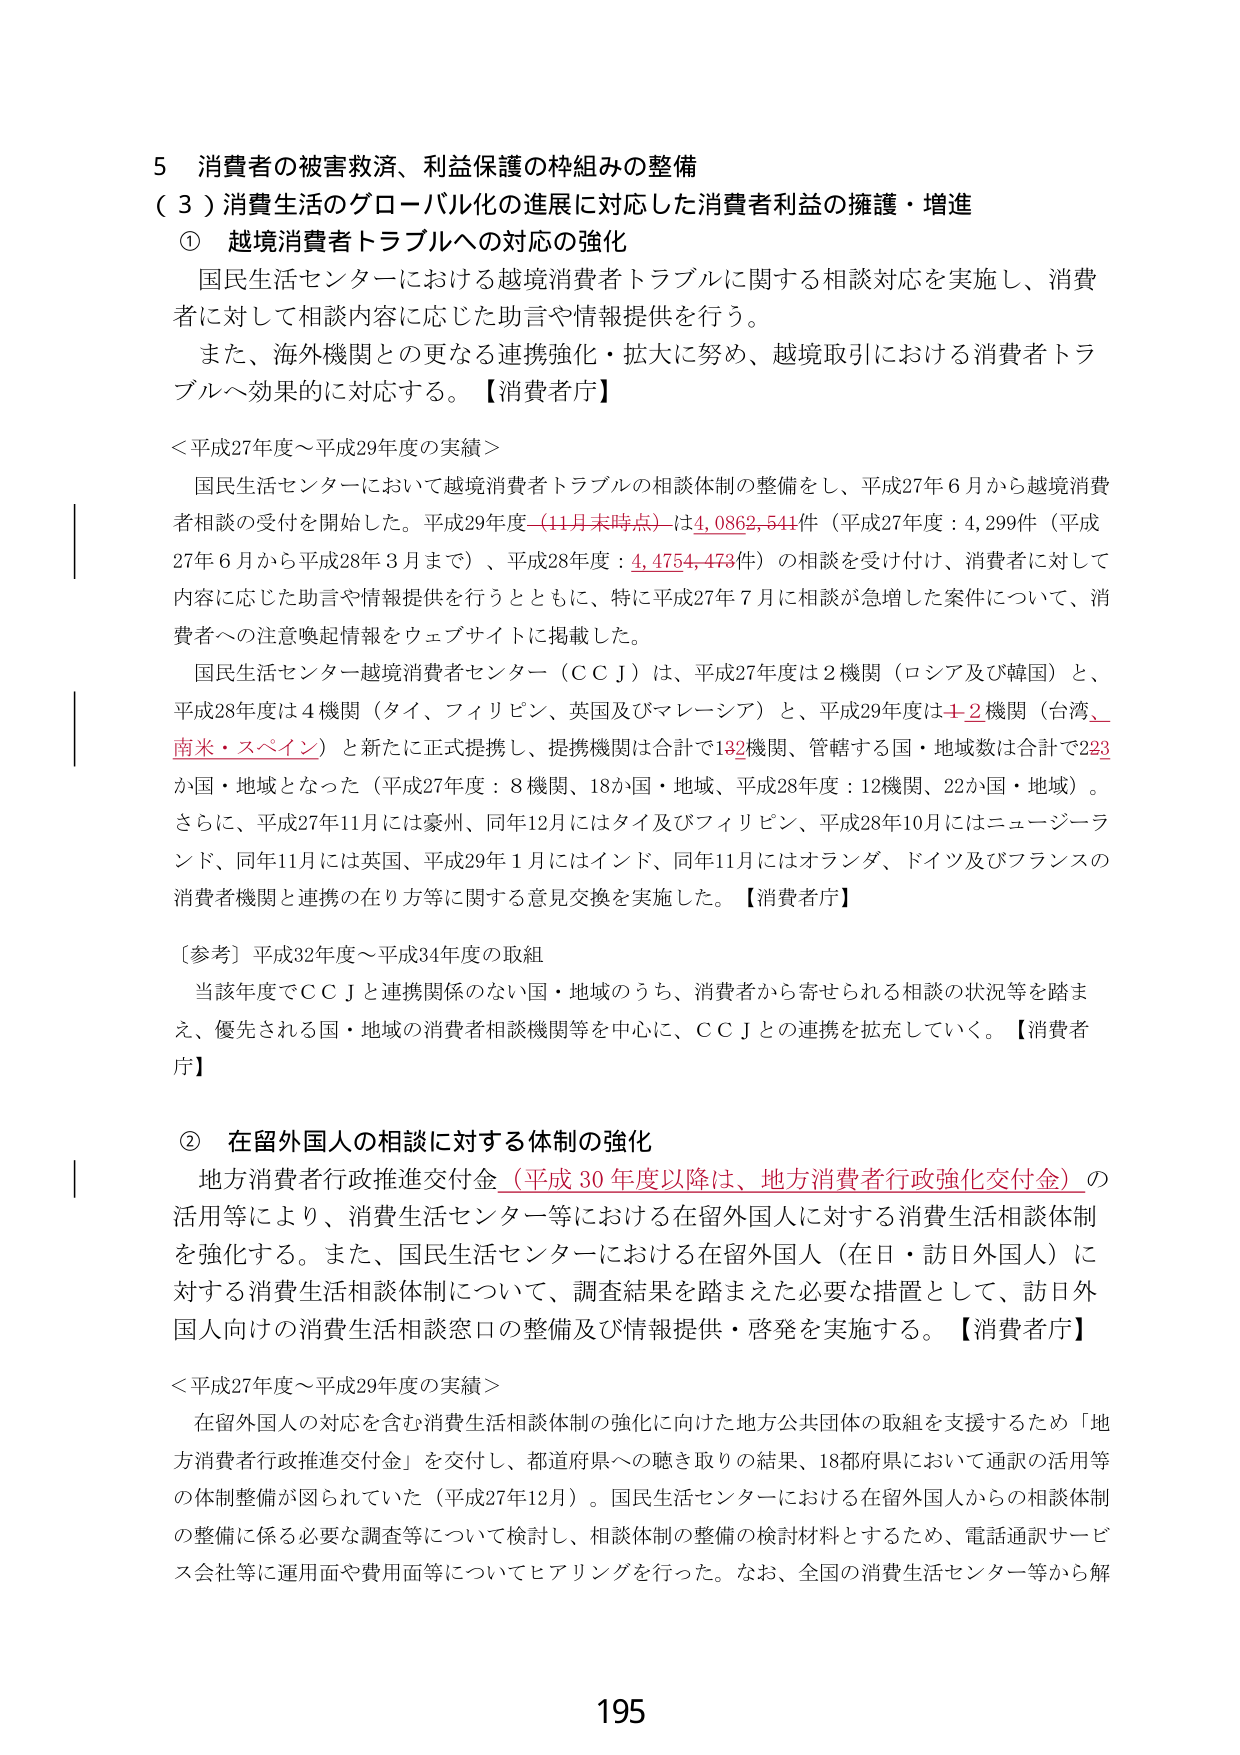
5 消費者の被害救済、利益保護の枠組みの整備
（３）消費生活のグローバル化の進展に対応した消費者利益の擁護・増進
① 越境消費者トラブルへの対応の強化
国民生活センターにおける越境消費者トラブルに関する相談対応を実施し、消費者に対して相談内容に応じた助言や情報提供を行う。
また、海外機関との更なる連携強化・拡大に努め、越境取引における消費者トラブルへ効果的に対応する。【消費者庁】

＜平成27年度～平成29年度の実績＞
国民生活センターにおいて越境消費者トラブルの相談体制の整備をし、平成27年6月から越境消費者相談の受付を開始した。平成29年度（11月末時点）は4,0862,541件（平成27年度：4,299件（平成27年6月から平成28年3月まで）、平成28年度：4,4754,473件）の相談を受け付け、消費者に対して内容に応じた助言や情報提供を行うとともに、特に平成27年7月に相談が急増した案件について、消費者への注意喚起情報をウェブサイトに掲載した。
国民生活センター越境消費者センター（ＣＣＪ）は、平成27年度は2機関（ロシア及び韓国）と、平成28年度は4機関（タイ、フィリピン、英国及びマレーシア）と、平成29年度は＋2機関（台湾、南米・スペイン）と新たに正式提携し、提携機関は合計で132機関、管轄する国・地域数は合計で223か国・地域となった（平成27年度：8機関、18か国・地域、平成28年度：12機関、22か国・地域）。
さらに、平成27年11月には豪州、同年12月にはタイ及びフィリピン、平成28年10月にはニュージーランド、同年11月には英国、平成29年1月にはインド、同年11月にはオランダ、ドイツ及びフランスの消費者機関と連携の在り方等に関する意見交換を実施した。【消費者庁】

〔参考〕平成32年度～平成34年度の取組
当該年度でＣＣＪと連携関係のない国・地域のうち、消費者から寄せられる相談の状況等を踏まえ、優先される国・地域の消費者相談機関等を中心に、ＣＣＪとの連携を拡充していく。【消費者庁】

② 在留外国人の相談に対する体制の強化
地方消費者行政推進交付金（平成30年度以降は、地方消費者行政強化交付金）の活用等により、消費生活センター等における在留外国人に対する消費生活相談体制を強化する。また、国民生活センターにおける在留外国人（在日・訪日外国人）に対する消費生活相談体制について、調査結果を踏まえた必要な措置として、訪日外国人向けの消費生活相談窓口の整備及び情報提供・啓発を実施する。【消費者庁】

＜平成27年度～平成29年度の実績＞
在留外国人の対応を含む消費生活相談体制の強化に向けた地方公共団体の取組を支援するため「地方消費者行政推進交付金」を交付し、都道府県への聴き取りの結果、18都府県において通訳の活用等の体制整備が図られていた（平成27年12月）。国民生活センターにおける在留外国人からの相談体制の整備に係る必要な調査等について検討し、相談体制の整備の検討材料とするため、電話通訳サービス会社等に運用面や費用面等についてヒアリングを行った。なお、全国の消費生活センター等から解

195